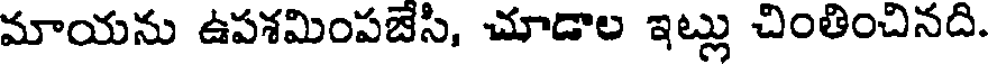
మాయను ఉపశమింపజేసి, చూడాల ఇట్లు చింతించినది.